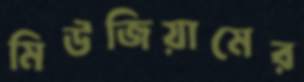
মিউজিয়ামের